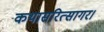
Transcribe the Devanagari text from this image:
कथासरित्सागर।